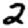
Digit: 2